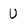
Character: U